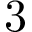
3